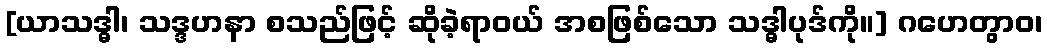
[ယာသဒ္ဓါ၊ သဒ္ဒဟနာ စသည်ဖြင့် ဆိုခဲ့ရာဝယ် အစဖြစ်သော သဒ္ဓါပုဒ်ကို။] ဂဟေတွာဝ၊